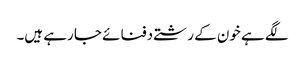
لگے ہے خون کے رشتے دفنائے جا رہے ہیں۔